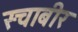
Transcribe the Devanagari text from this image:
स्चाबीर